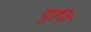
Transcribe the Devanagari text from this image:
युनि